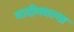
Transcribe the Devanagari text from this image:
यादीमधल्या